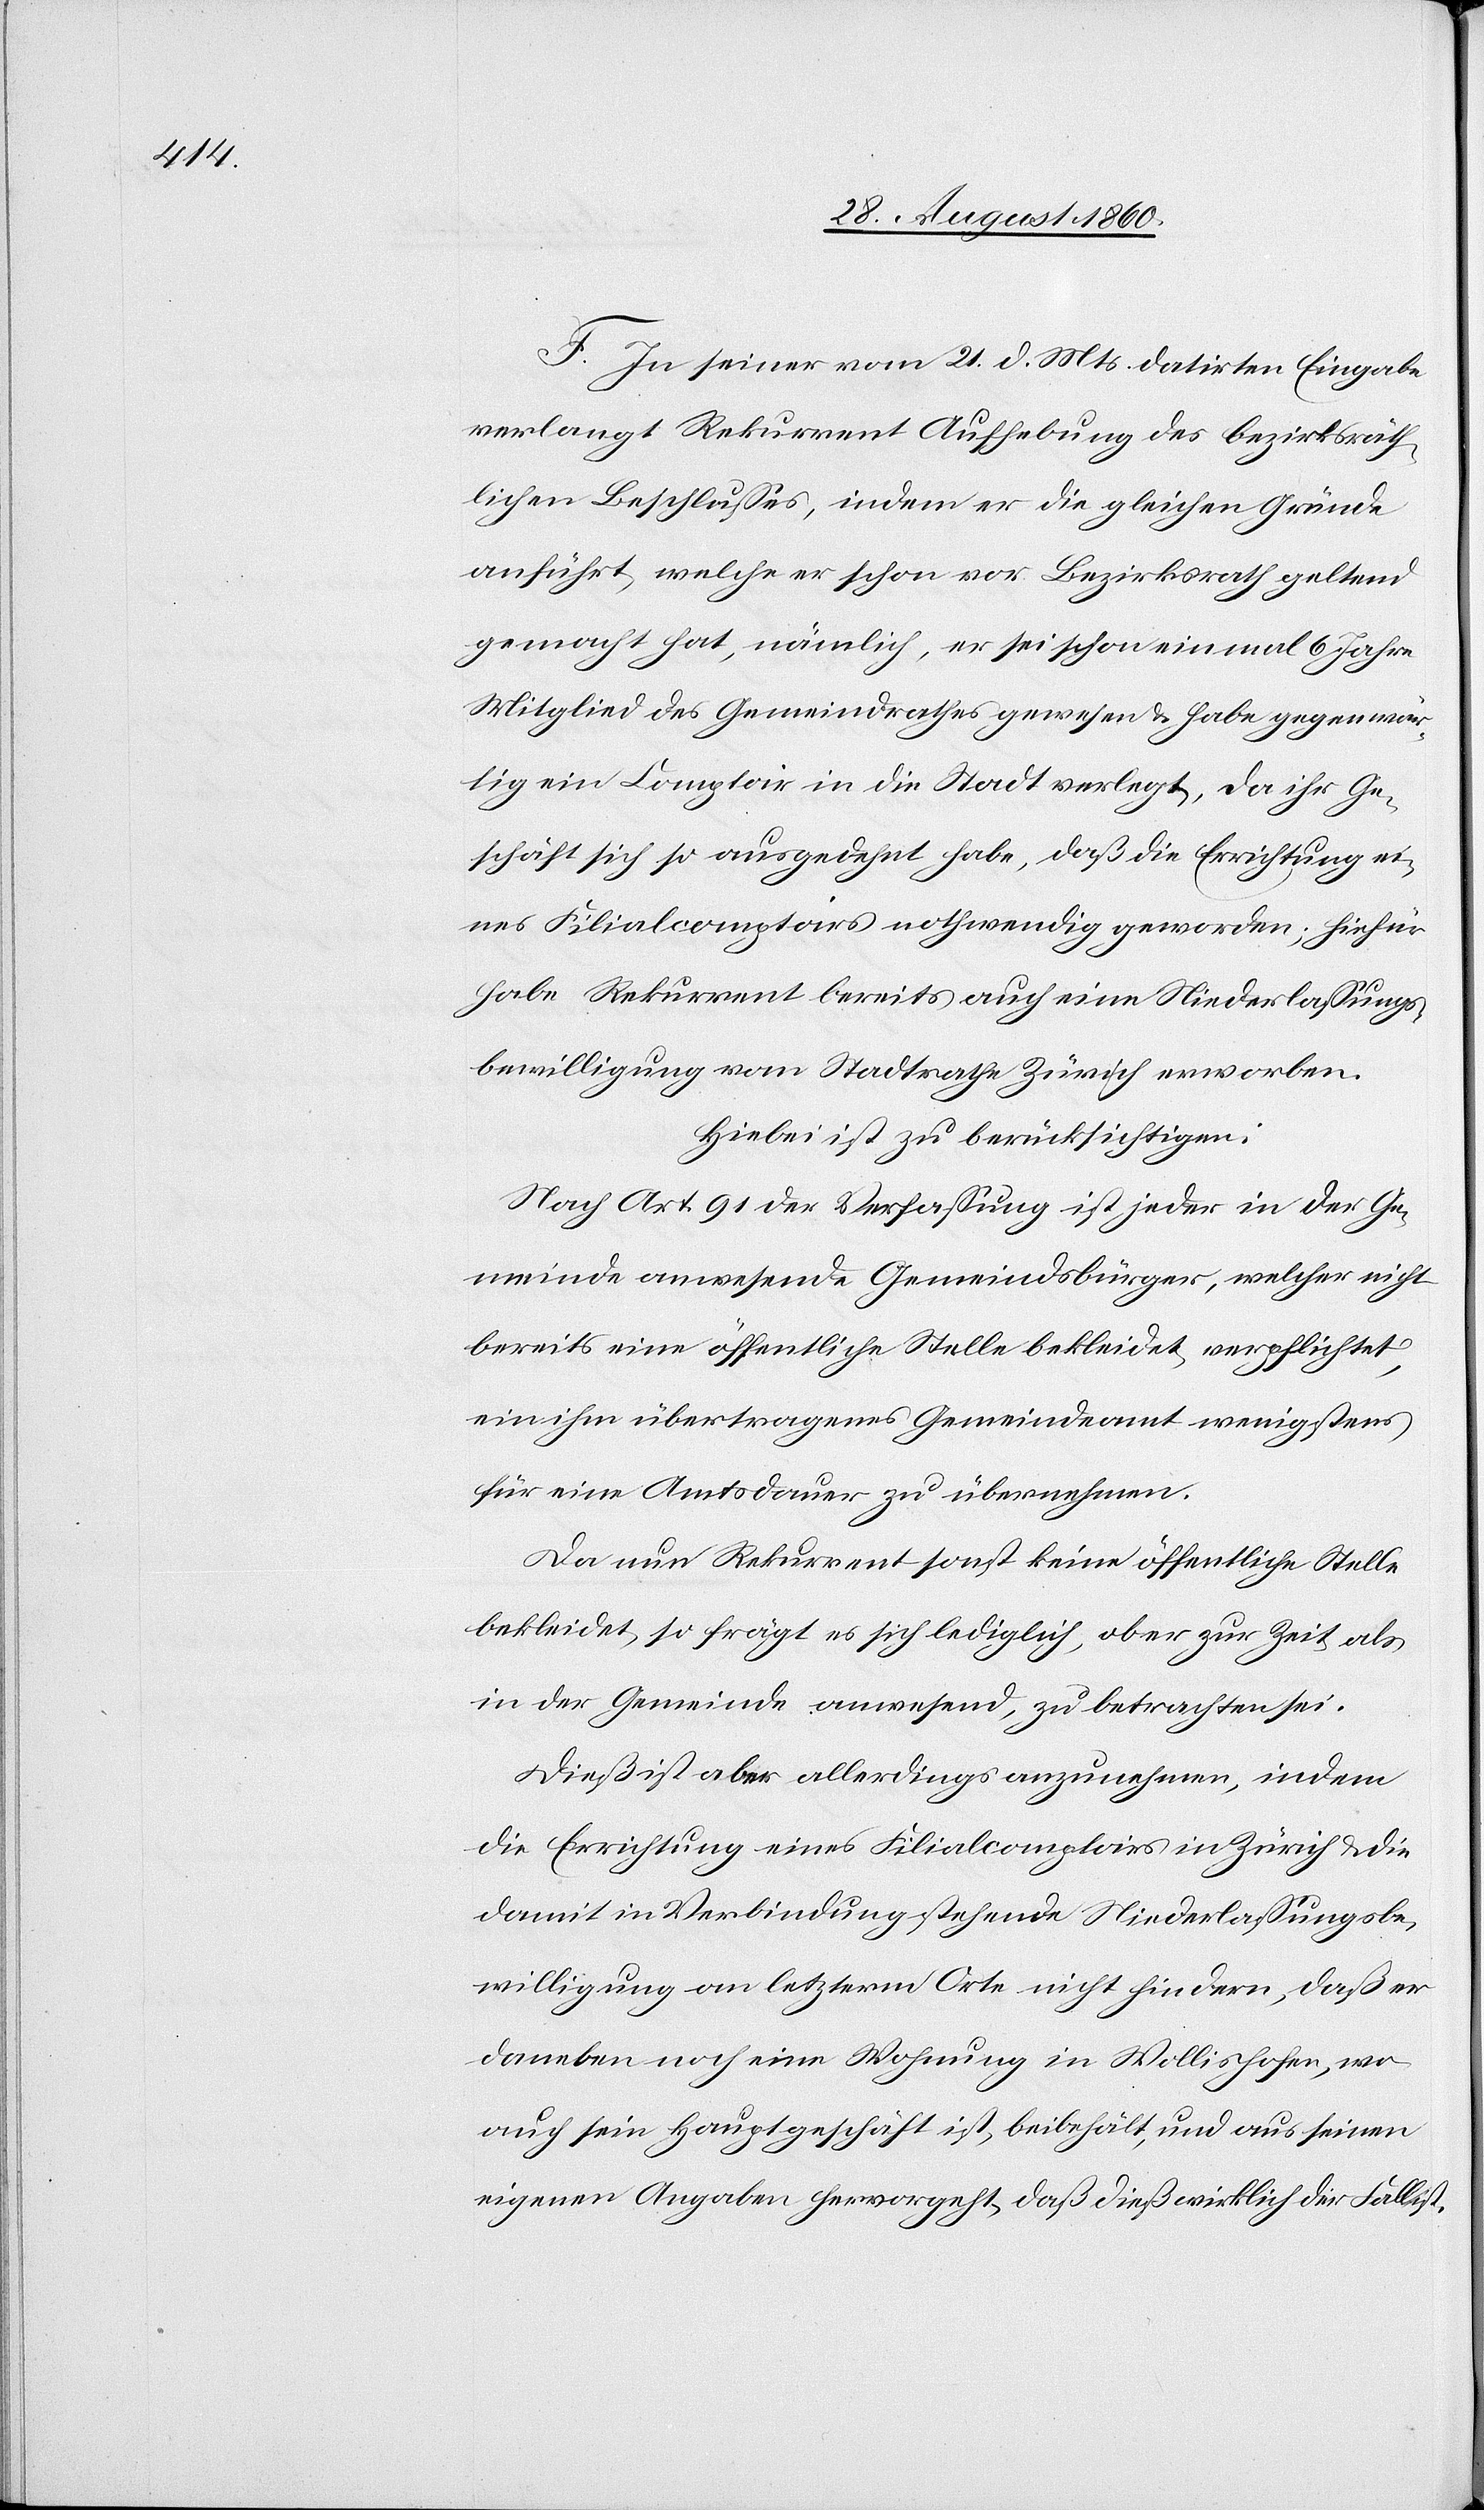
F. In seiner vom 21. d. Mts. datirten Eingabe
verlangt Rekurrent Aufhebung des bezirksräth¬
lichen Beschlusses, indem er die gleichen Gründe
anführt, welche er schon vor Bezirksrath geltend
gemacht hat, nämlich, er sei schon einmal 6 Jahre
Mitglied des Gemeindrathes gewesen u. habe gegenwär¬
tig ein Comptoir in die Stadt verlegt, da ihr Ge¬
schäft sich so ausgedehnt habe, dass die Errichtung ei¬
nes Filialcomptoirs nothwendig geworden; hiefür
habe Rekurrent bereits auch eine Niederlassungs¬
bewilligung vom Stadtrathe Zürich erworben.
Hiebei ist zu berücksichtigen:
Nach Art. 91 der Verfassung ist jeder in der Ge¬
meinde anwesende Gemeindsbürger, welcher nicht
bereits eine öffentliche Stelle bekleidet, verpflichtet,
ein ihm übertragenes Gemeindeamt wenigstens
für eine Amtsdauer zu übernehmen.
Da nun Rekurrent sonst keine öffentliche Stelle
bekleidet, so frägt es sich lediglich, ob er zur Zeit als
in der Gemeinde anwesend zu betrachten sei.
Diess ist aber allerdings anzunehmen, indem
die Errichtung eines Filialcomptoirs in Zürich u. die
damit in Verbindung stehende Niederlassungsbe¬
willigung an letzterm Orte, nicht hindern, dass er
daneben noch eine Wohnung in Wollishofen, wo
auch sein Hauptgeschäft ist, beibehält u. aus seinen
eigenen Angaben hervorgeht, dass diess wirklich der Fall ist.